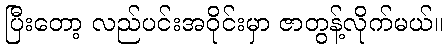
ပြီးတော့ လည်ပင်းအဝိုင်းမှာ ဇာတွန့်လိုက်မယ်။